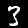
Digit: 3